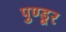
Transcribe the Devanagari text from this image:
पुण्डूर